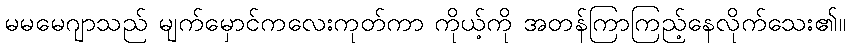
မမမေဂျာသည် မျက်မှောင်ကလေးကုတ်ကာ ကိုယ့်ကို အတန်ကြာကြည့်နေလိုက်သေး၏။